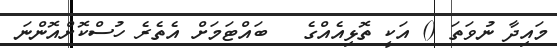
މައިދާ ނުވަތަ () އަކީ ތޮޅިއެއްގެ   ބައްޓަމަށް އެތެރެ ހުސްކޮށްއޮންނަ